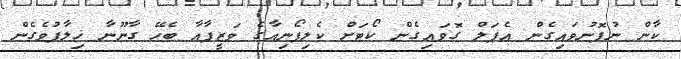
ކާން ނުފޮނުވައިގެން އެޕަލް ގޮވައިގެން ކޯޓަށް ކެލިފޯނިއާގެ ވަޒީފާއާ ބެހޭ ގާނޫނާ ޚިލާފުވެގެން